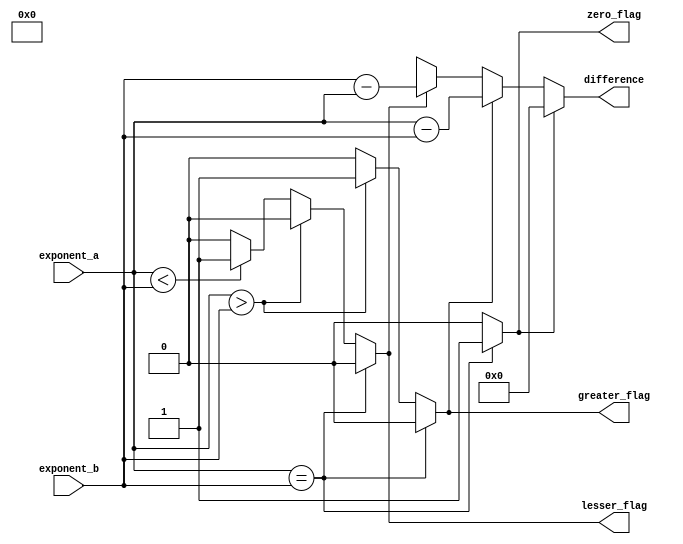
module c_compare(exponent_a,exponent_b,difference,zero_flag,greater_flag,lesser_flag);
input [7:0]exponent_a,exponent_b;
//input clk;
output reg [7:0]difference;
output reg zero_flag,greater_flag,lesser_flag;

always@(*)
begin
	if(exponent_a==exponent_b)
	 begin
	 zero_flag=1;
	 greater_flag=0;	
	 lesser_flag= 0;
	 end
	else if(exponent_a>exponent_b)
	begin
	 zero_flag=0;
	 greater_flag=1;	
	 lesser_flag= 0;
	 end
	else if(exponent_a<exponent_b)
	begin
	 zero_flag=0;
	 greater_flag=0;	
	 lesser_flag= 1;
	 end
	else
	 begin
	 zero_flag= 1'b0;
	 greater_flag= 1'b0;
	 lesser_flag= 1'b0;
	 end
end

always@(*)
begin
	if(zero_flag==1'b1)
	begin
	 difference = 0;
	end
	else if(greater_flag==1'b1)
	 difference = exponent_a-exponent_b;
	else if(lesser_flag==1'b1)
	 difference = exponent_b-exponent_a;
	else
	 difference = 1'bx;
end

endmodule